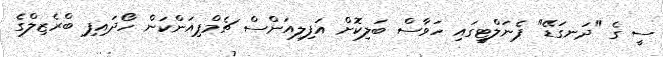
ސީ ގެ "ދަނގަޑޭ" ޕެނަލްޓީގައި ހަވާސް ބަލިކޮށް އަފިލިއަންސް ޗެމްޕިއަންކަން ހޯދައިފި ބްރެޒިލްގެ